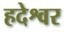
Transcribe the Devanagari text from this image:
हदेश्वर